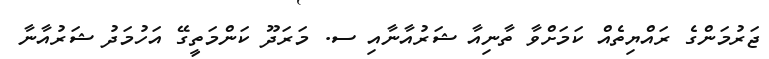
ޖަރުމަންގެ ރައްޔިތެއް ކަމަށްވާ ތާނިއާ ޝަރުއާނާއި ސ. މަރަދޫ ކަންމަތީގޭ އަހުމަދު ޝަރުއާނާ